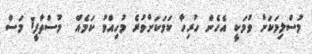
މުސްލިމަކަށް ވުމަކީ އެހެން ހުރިހާ ކަމަކަށްވުރެ މުހިއްމު ކަމެއް  މުސްތާފީ1 މަސް